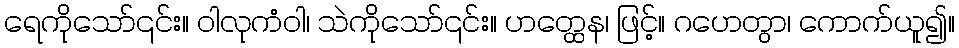
ရေကိုသော်၎င်း။ ဝါလုကံဝါ၊ သဲကိုသော်၎င်း။ ဟတ္ထေန၊ ဖြင့်။ ဂဟေတွာ၊ ကောက်ယူ၍။